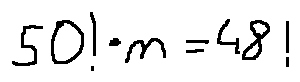
5 0 ! \cdot n = 4 8 !